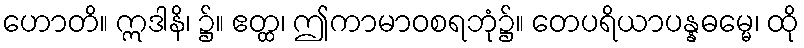
ဟောတိ။ ဣဒါနိ၊ ၌။ ဧတ္ထ၊ ဤကာမာဝစရဘုံ၌။ တေပရိယာပန္နဓမ္မေ၊ ထို